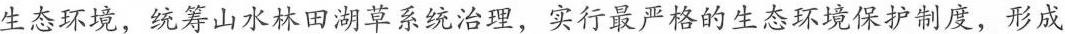
生态环境，统筹山水林田湖草系统治理，实行最严格的生态环境保护制度，形成